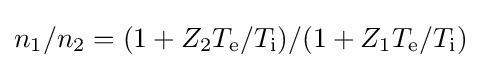
n_{1}/n_{2}=(1+Z_{2}T_{\mathrm {e} }/T_{\mathrm {i} })/(1+Z_{1}T_{\mathrm {e} }/T_{\mathrm {i} })